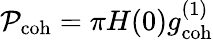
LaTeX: \mathcal{P}_{\mathrm{coh}}=\pi H(0)g_{\mathrm{coh}}^{(1)}